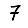
Digit: 7